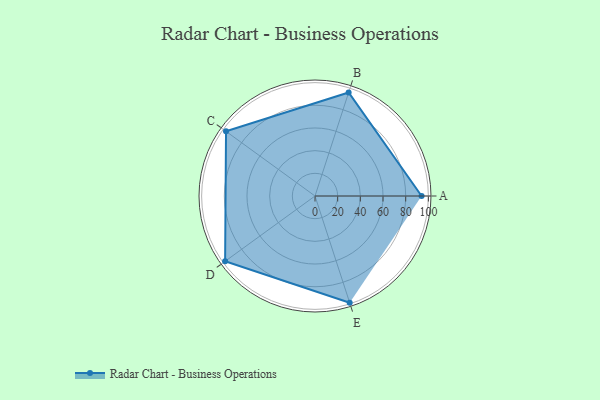
{"axis": {"x": "Skill", "y": "Score"}, "legend": ["Profile"], "data": [{"x": "A", "y": 94.0, "type": "Profile"}, {"x": "B", "y": 96.0, "type": "Profile"}, {"x": "C", "y": 97.0, "type": "Profile"}, {"x": "D", "y": 98.0, "type": "Profile"}, {"x": "E", "y": 99, "type": "Profile"}]}